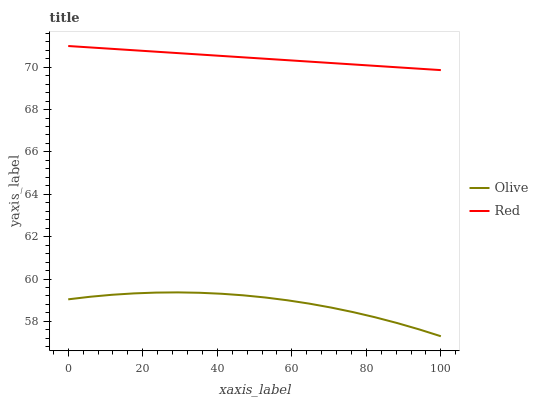
| xaxis_label | Olive | Red |
 | --- | --- | --- |
 | 0 | 59 | 71 |
 | 5.88 | 59.2 | 70.9 |
 | 11.8 | 59.3 | 70.9 |
 | 17.6 | 59.3 | 70.8 |
 | 23.5 | 59.4 | 70.7 |
 | 29.4 | 59.4 | 70.7 |
 | 35.3 | 59.3 | 70.6 |
 | 41.2 | 59.3 | 70.5 |
 | 47.1 | 59.2 | 70.5 |
 | 52.9 | 59.1 | 70.4 |
 | 58.8 | 59 | 70.3 |
 | 64.7 | 58.8 | 70.3 |
 | 70.6 | 58.7 | 70.2 |
 | 76.5 | 58.4 | 70.1 |
 | 82.4 | 58.2 | 70.1 |
 | 88.2 | 57.9 | 70 |
 | 94.1 | 57.6 | 69.9 |
 | 100 | 57.3 | 69.9 |